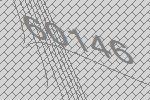
60146